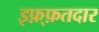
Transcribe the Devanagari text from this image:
इफ़्फ़तदार